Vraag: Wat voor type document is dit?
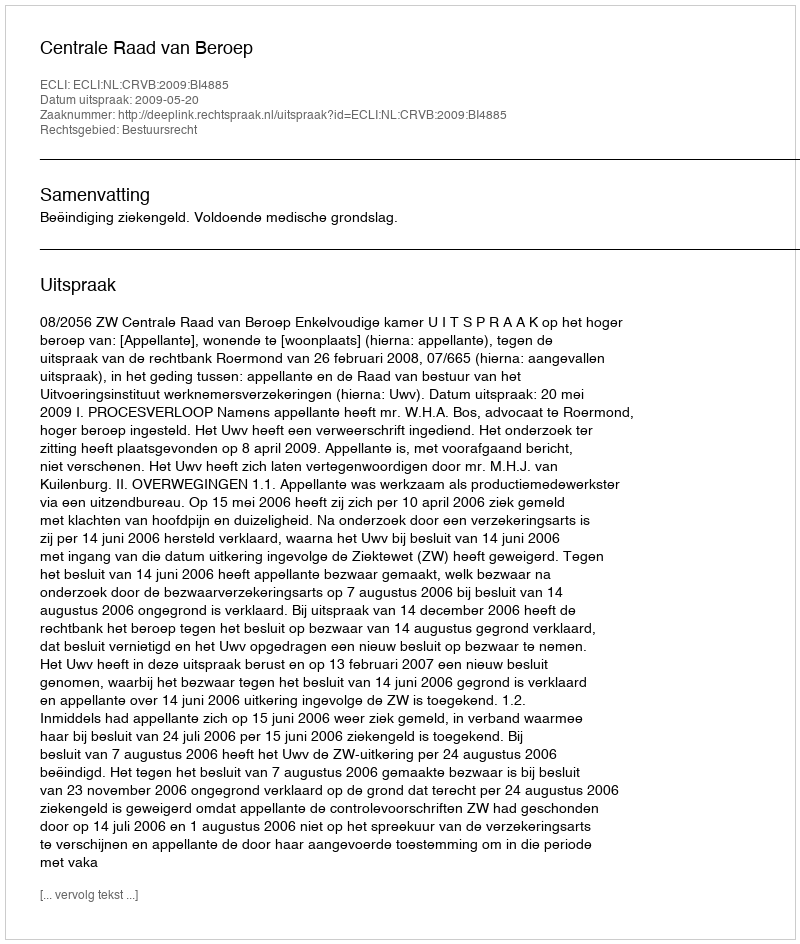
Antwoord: Uitspraak